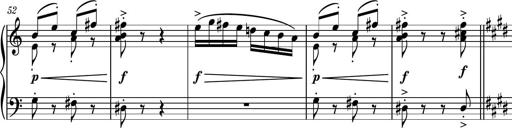
Title: Piano Sonatina No.7
Composer: Dimitri Sykias
Key: G major